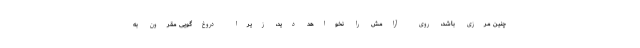
چنین مرزی باشد، روی آرامش را نخواهد دید، زیرا دروغ‌گویی مقرون به